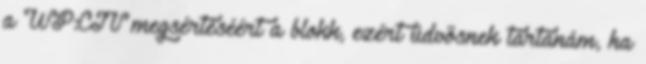
a WP:CIV megsértéséért a blokk, ezért üdvösnek tartanám, ha